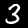
Digit: 3